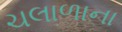
ચલાળાના